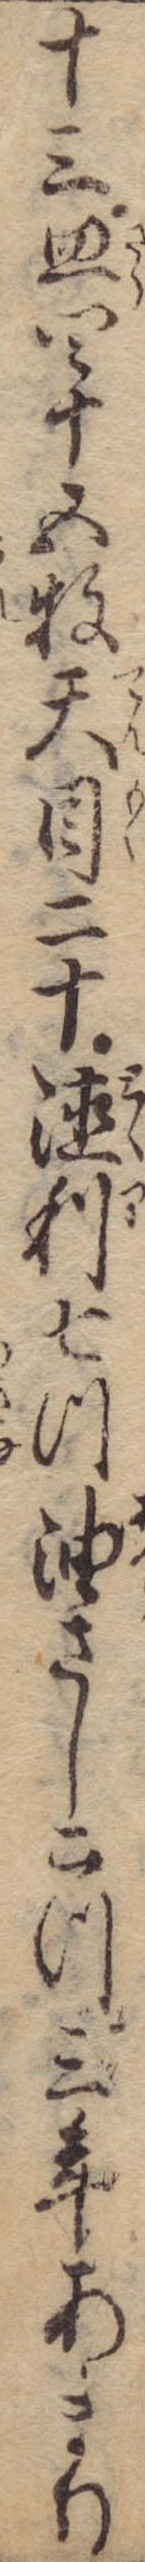
十三皿四十五牧天目二十徳利七つ油さし二つ三年あまり